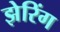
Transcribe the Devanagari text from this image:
झेरिंग